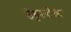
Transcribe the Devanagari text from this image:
वेङ्कटेश्वर